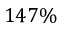
1 4 7 \%